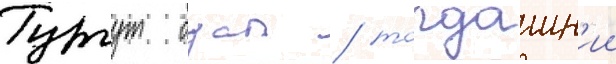
Тургут озал / тогдашн'ии